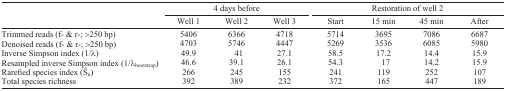
<table><thead><tr><td></td><td colspan="3"><b>4 days before</b></td><td colspan="4"><b>Restoration of well 2</b></td></tr><tr><td></td><td><b>Well 1</b></td><td><b>Well 2</b></td><td><b>Well 3</b></td><td><b>Start</b></td><td><b>15 min</b></td><td><b>45 min</b></td><td><b>After</b></td></tr></thead><tbody><tr><td>Trimmed reads (f- &amp; r-; &gt;250 bp)</td><td>5406</td><td>6366</td><td>4718</td><td>5714</td><td>3695</td><td>7086</td><td>6687</td></tr><tr><td>Denoised reads (f- &amp; r-; &gt;250 bp)</td><td>4703</td><td>5746</td><td>4447</td><td>5269</td><td>3536</td><td>6085</td><td>5980</td></tr><tr><td>Inverse Simpson index (1/λ)</td><td>49.9</td><td>41</td><td>27.1</td><td>58.5</td><td>17.2</td><td>14.4</td><td>15.9</td></tr><tr><td>Resampled inverse Simpson index (1/λ<sub>bootstrap</sub>)</td><td>46.6</td><td>39.1</td><td>26.1</td><td>54.3</td><td>17</td><td>14.2</td><td>15.9</td></tr><tr><td>Rarefied species index (Ŝ<sub>n</sub>)</td><td>266</td><td>245</td><td>155</td><td>241</td><td>119</td><td>252</td><td>107</td></tr><tr><td>Total species richness</td><td>392</td><td>389</td><td>232</td><td>372</td><td>165</td><td>447</td><td>189</td></tr></tbody></table>